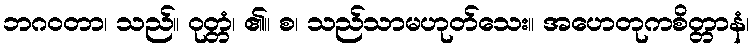
ဘဂဝတာ၊ သည်။ ဝုတ္တံ၊ ၏။ စ၊ သည်သာမဟုတ်သေး။ အဟေတုကစိတ္တာနံ၊